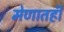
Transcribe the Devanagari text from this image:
मेणातही